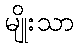
မျိုးသာ